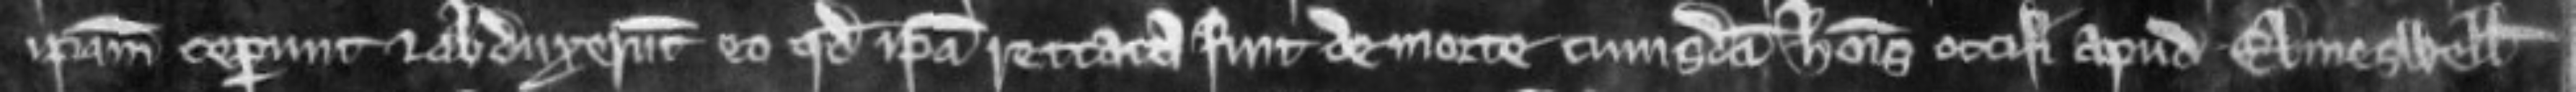
ipsam ceperunt et abduxerunt eo quod ipsa rettata fuit de morte cujusdam hominis occisi apud Elmeswell